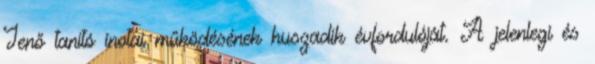
Jenő tanító inotai működésének huszadik évfordulóját. A jelenlegi és